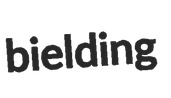
bielding